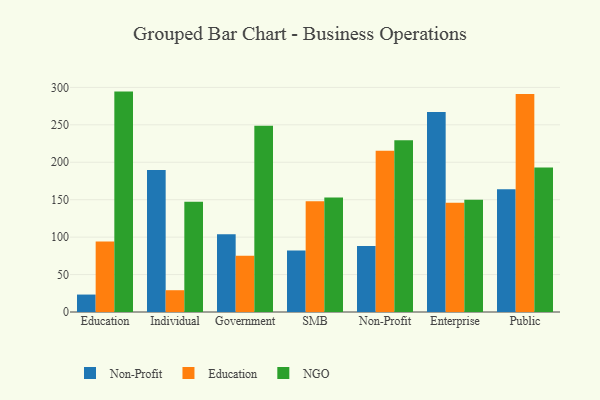
{"axis": {"x": "Segment", "y": "Active Users"}, "legend": ["Education", "NGO", "Non-Profit"], "data": [{"x": "Education", "y": 23.3, "type": "Non-Profit"}, {"x": "Education", "y": 94.3, "type": "Education"}, {"x": "Education", "y": 294.4, "type": "NGO"}, {"x": "Individual", "y": 189.7, "type": "Non-Profit"}, {"x": "Individual", "y": 29.1, "type": "Education"}, {"x": "Individual", "y": 147.1, "type": "NGO"}, {"x": "Government", "y": 104.0, "type": "Non-Profit"}, {"x": "Government", "y": 75.3, "type": "Education"}, {"x": "Government", "y": 248.9, "type": "NGO"}, {"x": "SMB", "y": 82.2, "type": "Non-Profit"}, {"x": "SMB", "y": 147.9, "type": "Education"}, {"x": "SMB", "y": 153.0, "type": "NGO"}, {"x": "Non-Profit", "y": 88.0, "type": "Non-Profit"}, {"x": "Non-Profit", "y": 215.3, "type": "Education"}, {"x": "Non-Profit", "y": 229.3, "type": "NGO"}, {"x": "Enterprise", "y": 267.1, "type": "Non-Profit"}, {"x": "Enterprise", "y": 145.8, "type": "Education"}, {"x": "Enterprise", "y": 150.1, "type": "NGO"}, {"x": "Public", "y": 164.0, "type": "Non-Profit"}, {"x": "Public", "y": 291.3, "type": "Education"}, {"x": "Public", "y": 193.0, "type": "NGO"}]}